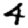
Digit: 4